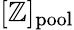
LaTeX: [\mathbb{Z}]_{\mathrm{{pool}}}